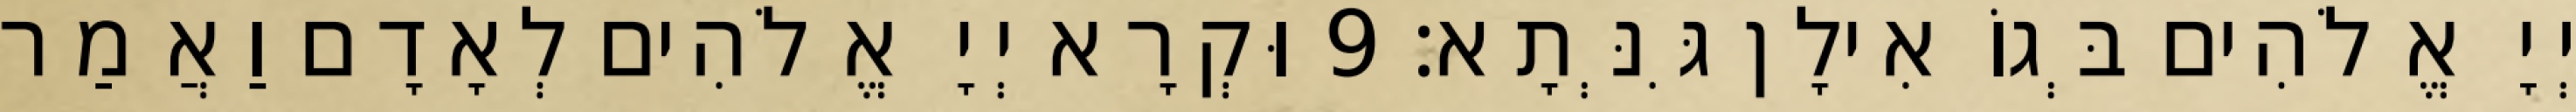
יְיָ אֱלֹהִים בְּגוֹ אִילָן גִּנְּתָא׃ 9 וּקְרָא יְיָ אֱלֹהִים לְאָדָם וַאֲמַר